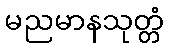
မညမာနသုတ္တံ